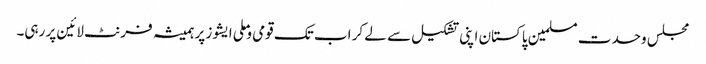
مجلس وحدت مسلمین پاکستان اپنی تشکیل سے لے کر اب تک قومی و ملی ایشوز پر ہمیشہ فرنٹ لائین پر رہی۔